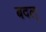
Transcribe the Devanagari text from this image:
बदल्